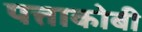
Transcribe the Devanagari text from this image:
पत्ताकोबी